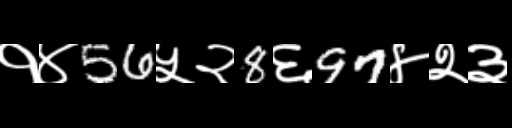
Text: १४56५२8६97४२३